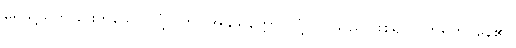
ရေသို့သက်ခြင်းဟူသော လုံ့လကို။ အနုယုတ္တော၊ လုံ့လပြုသည် ဖြစ်၍။ ဝိဟရတိ၊ နေ၏။